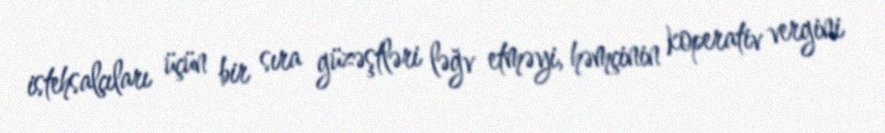
istehsalçıları üçün bir sıra güzəştləri ləğv etməyi, həmçinin koperativ vergini